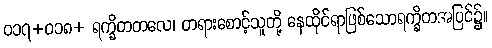
ဝ၁၇+ဝ၁၈+ ရက္ခိတတလေ၊ တရားစောင့်သူတို့ နေထိုင်ရာဖြစ်သောရက္ခိတအပြင်၌။